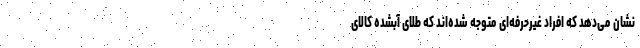
نشان می‌دهد که افراد غیرحرفه‌ای متوجه شده‌اند که طلای آبشده کالای